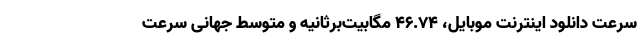
سرعت دانلود اینترنت موبایل، ۴۶.۷۴ مگابیت‌برثانیه و متوسط جهانی سرعت